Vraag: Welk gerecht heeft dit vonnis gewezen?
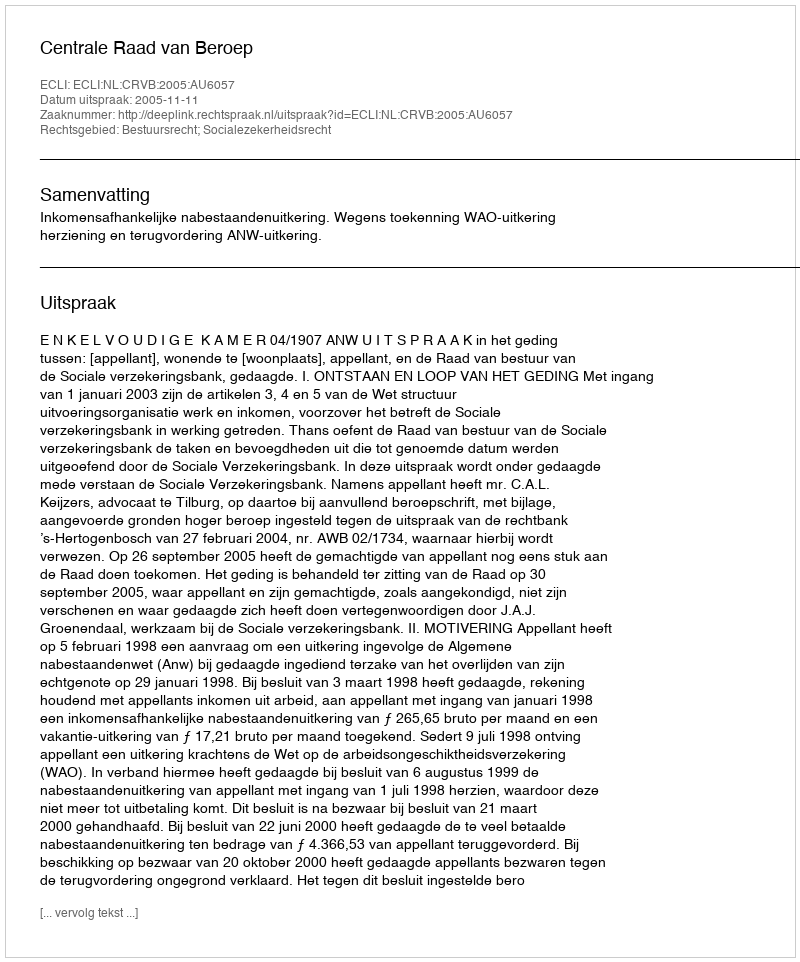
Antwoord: Centrale Raad van Beroep